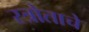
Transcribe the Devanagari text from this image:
स्त्रोताचे